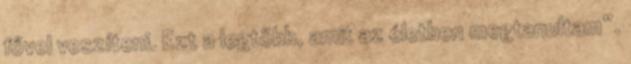
fővel veszíteni. Ezt a legtöbb, amit az életben megtanultam”.